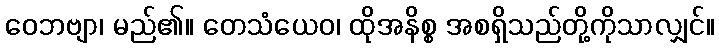
ဝေဘဗျာ၊ မည်၏။ တေသံယေဝ၊ ထိုအနိစ္စ အစရှိသည်တို့ကိုသာလျှင်။